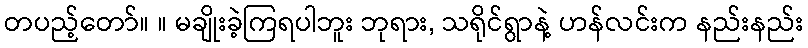
တပည့်တော်။ ။ မချိုးခဲ့ကြရပါဘူး ဘုရား, သရိုင်ရွာနဲ့ ဟန်လင်းက နည်းနည်း